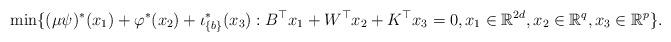
LaTeX: \begin{align*}\min\{(\mu\psi)^*(x_1) + \varphi^*(x_2) + \iota_{\{b\}}^*(x_3) : B^\top x_1 + W^\top x_2+ K^\top x_3 = 0, x_1\in\mathbb{R}^{2d}, x_2\in\mathbb{R}^q, x_3\in\mathbb{R}^p\}.\end{align*}